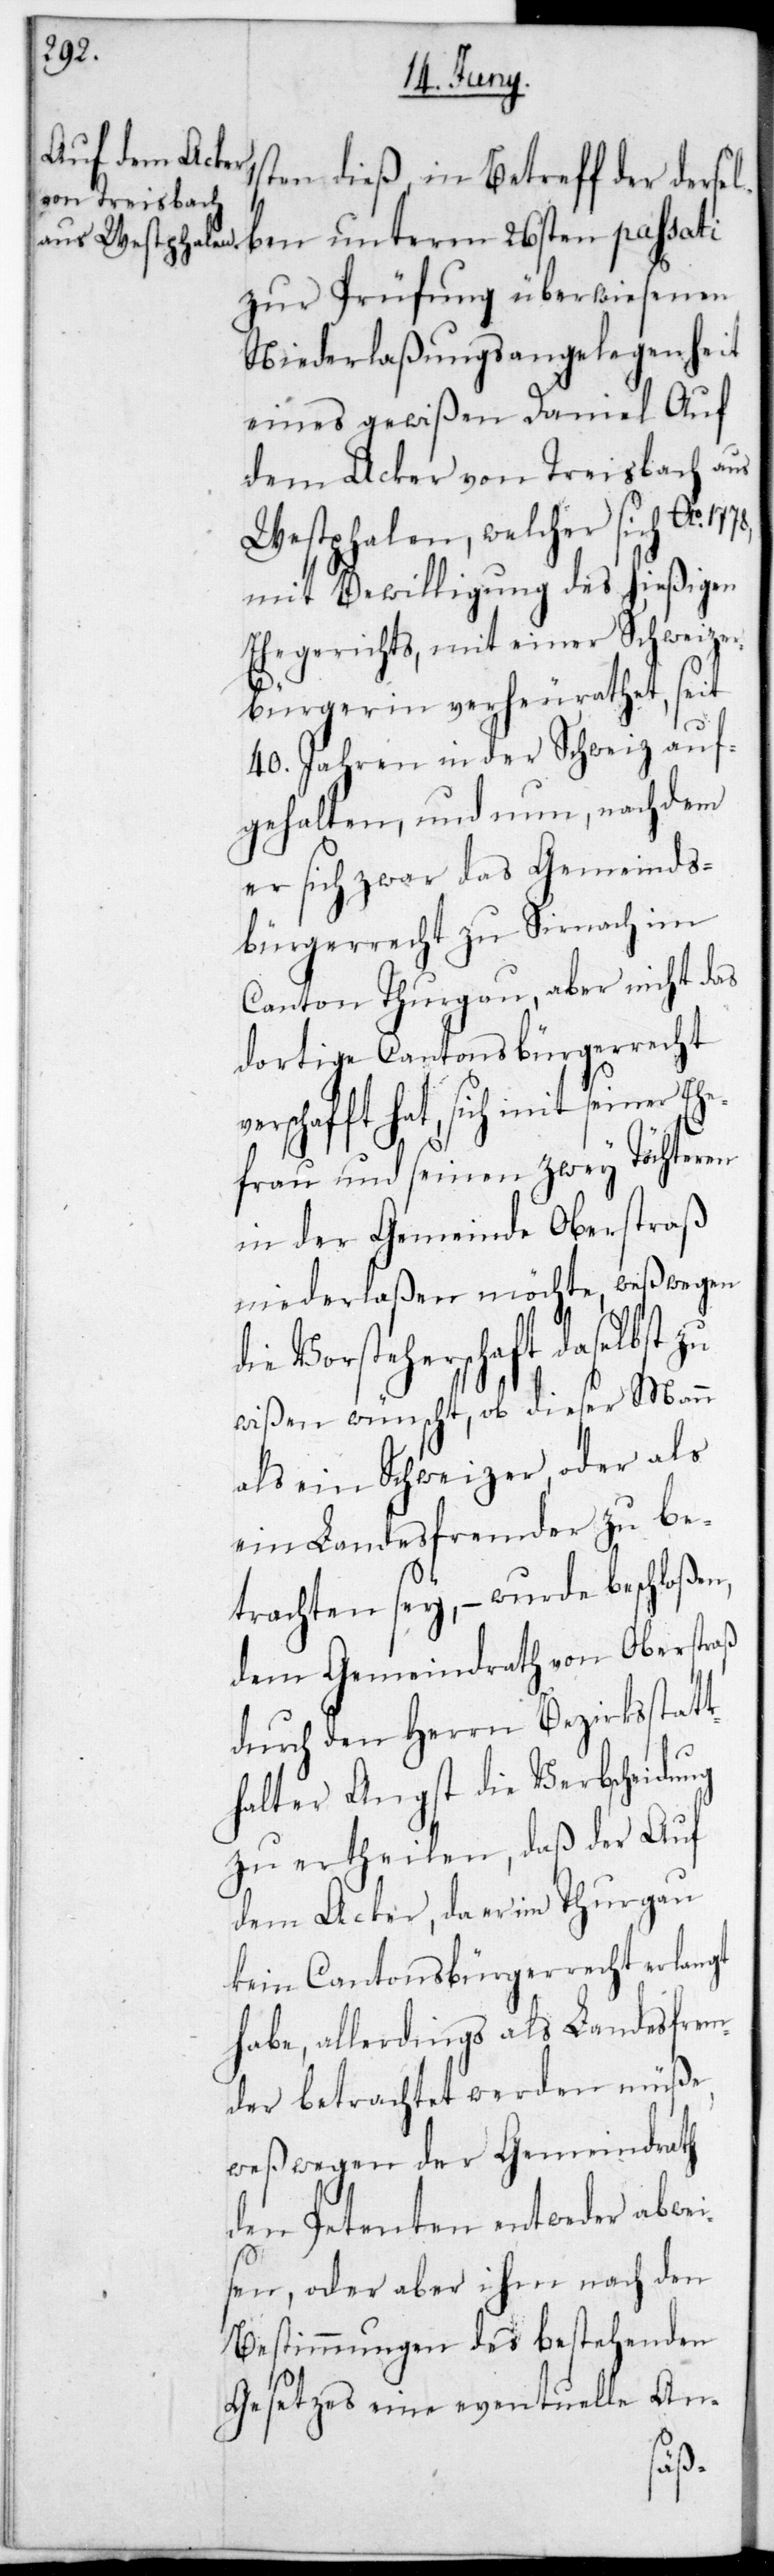
ver¬

ten dieß, in Betreff der dersel¬
d¬
ben unterm 26sten passati
zur Prüfung überwiesenen
Niederlaßungs-Angelegenheit
eines gewißen Daniel Auf
dem Acker von Treisbach aus
Westphalen, welcher sich Ao.
mit Bewilligung des hießigen
Ehegerichts, mit einer Schweizer
Bürgerin verheurathet, seit
40. Jahren in der Schweiz auf¬
gehalten, und nun nach dem
er sich zwar das Gemeinds¬
bürgerrecht zu Sirnach im
Canton Thurgau, aber nicht das
dortige Cantonsbürgerrecht
schafft hat, sich mit seiner Eh¬
efrau und seinen zwey Töchteren
in der Gemeinde Oberstraß
niederlaßen möchte, weswegen
ie Vorsteherschaft daselbst
wißen wünscht, ob dieser Mann
als ein Schweizer oder als
ein Landesfremder zu be¬
trachten sey, – wurde beschloßen,
dem Gemeindrath von Oberstraß
durch den Herrn Bezirksstatt¬
halter Angst die Verbscheidung
zu ertheilen, daß der Auf
dem Acker, da er im Thurgau
kein Cantonsbürgerrecht erlangt
habe, allerdings als Landesfrem¬
der betrachtet werden müße,
weswegen der Gemeindrath
den Petenten entweder abwei¬
sen, oder aber ihm nach den
Bestimmungen des bestehenden
Gesetzes eine eventuelle An-